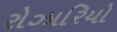
રોઝારિયો